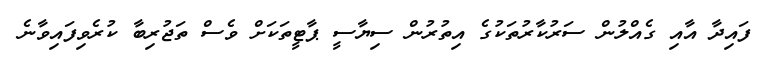
ފައިދާ އާއި ގެއްލުން ސަރުކާރުތަކުގެ އިތުރުން ސިޔާސީ ޕާޓީތަކަށް ވެސް ތަޖުރިބާ ކުރެވިފައިވާނެ